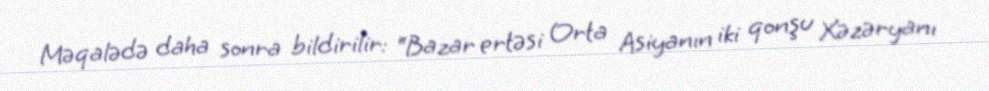
Məqalədə daha sonra bildirilir: “Bazar ertəsi Orta Asiyanın iki qonşu Xəzəryanı